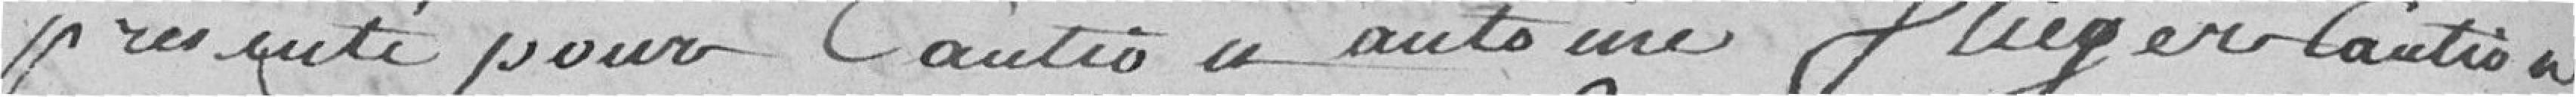
présenté pour caution Antoine Fliey en caution